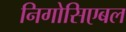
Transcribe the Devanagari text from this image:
निगोसिएबल